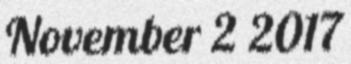
November 2 2017